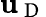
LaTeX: \mathbf{u}_{\mathrm{{~D~}}}